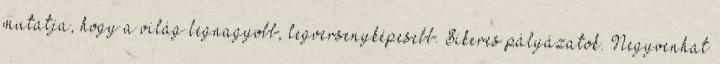
mutatja, hogy a világ legnagyobb, legversenyképesebb. Sikeres pályázatok. Negyvenhat